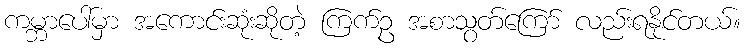
ကမ္ဘာပေါ်မှာ အကောင်းဆုံးဆိုတဲ့ ကြက်ဥ အစာသွတ်ကြော် လည်းရနိုင်တယ်။